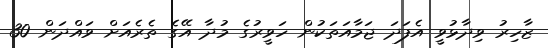
ޒާހިރު ވިދާޅުވީ އެފަދަ ޖަމާއަތަކުން ހަވީރުގެ މުދާ އޭގެ ތެރެއަށް ވައްދަން 30